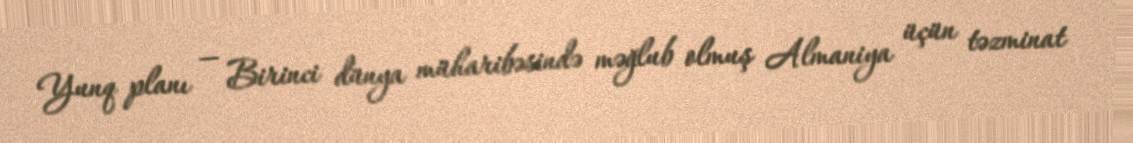
Yunq planı — Birinci dünya müharibəsində məğlub olmuş Almaniya üçün təzminat